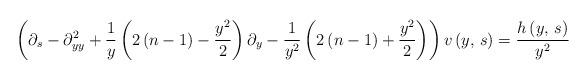
LaTeX: \begin{align*}\left(\partial_{s}-\partial_{yy}^{2}+\frac{1}{y}\left(2\left(n-1\right)-\frac{y^{2}}{2}\right)\partial_{y}-\frac{1}{y^{2}}\left(2\left(n-1\right)+\frac{y^{2}}{2}\right)\right)v\left(y,\,s\right)=\frac{h\left(y,\,s\right)}{y^{2}}\end{align*}